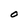
Character: O